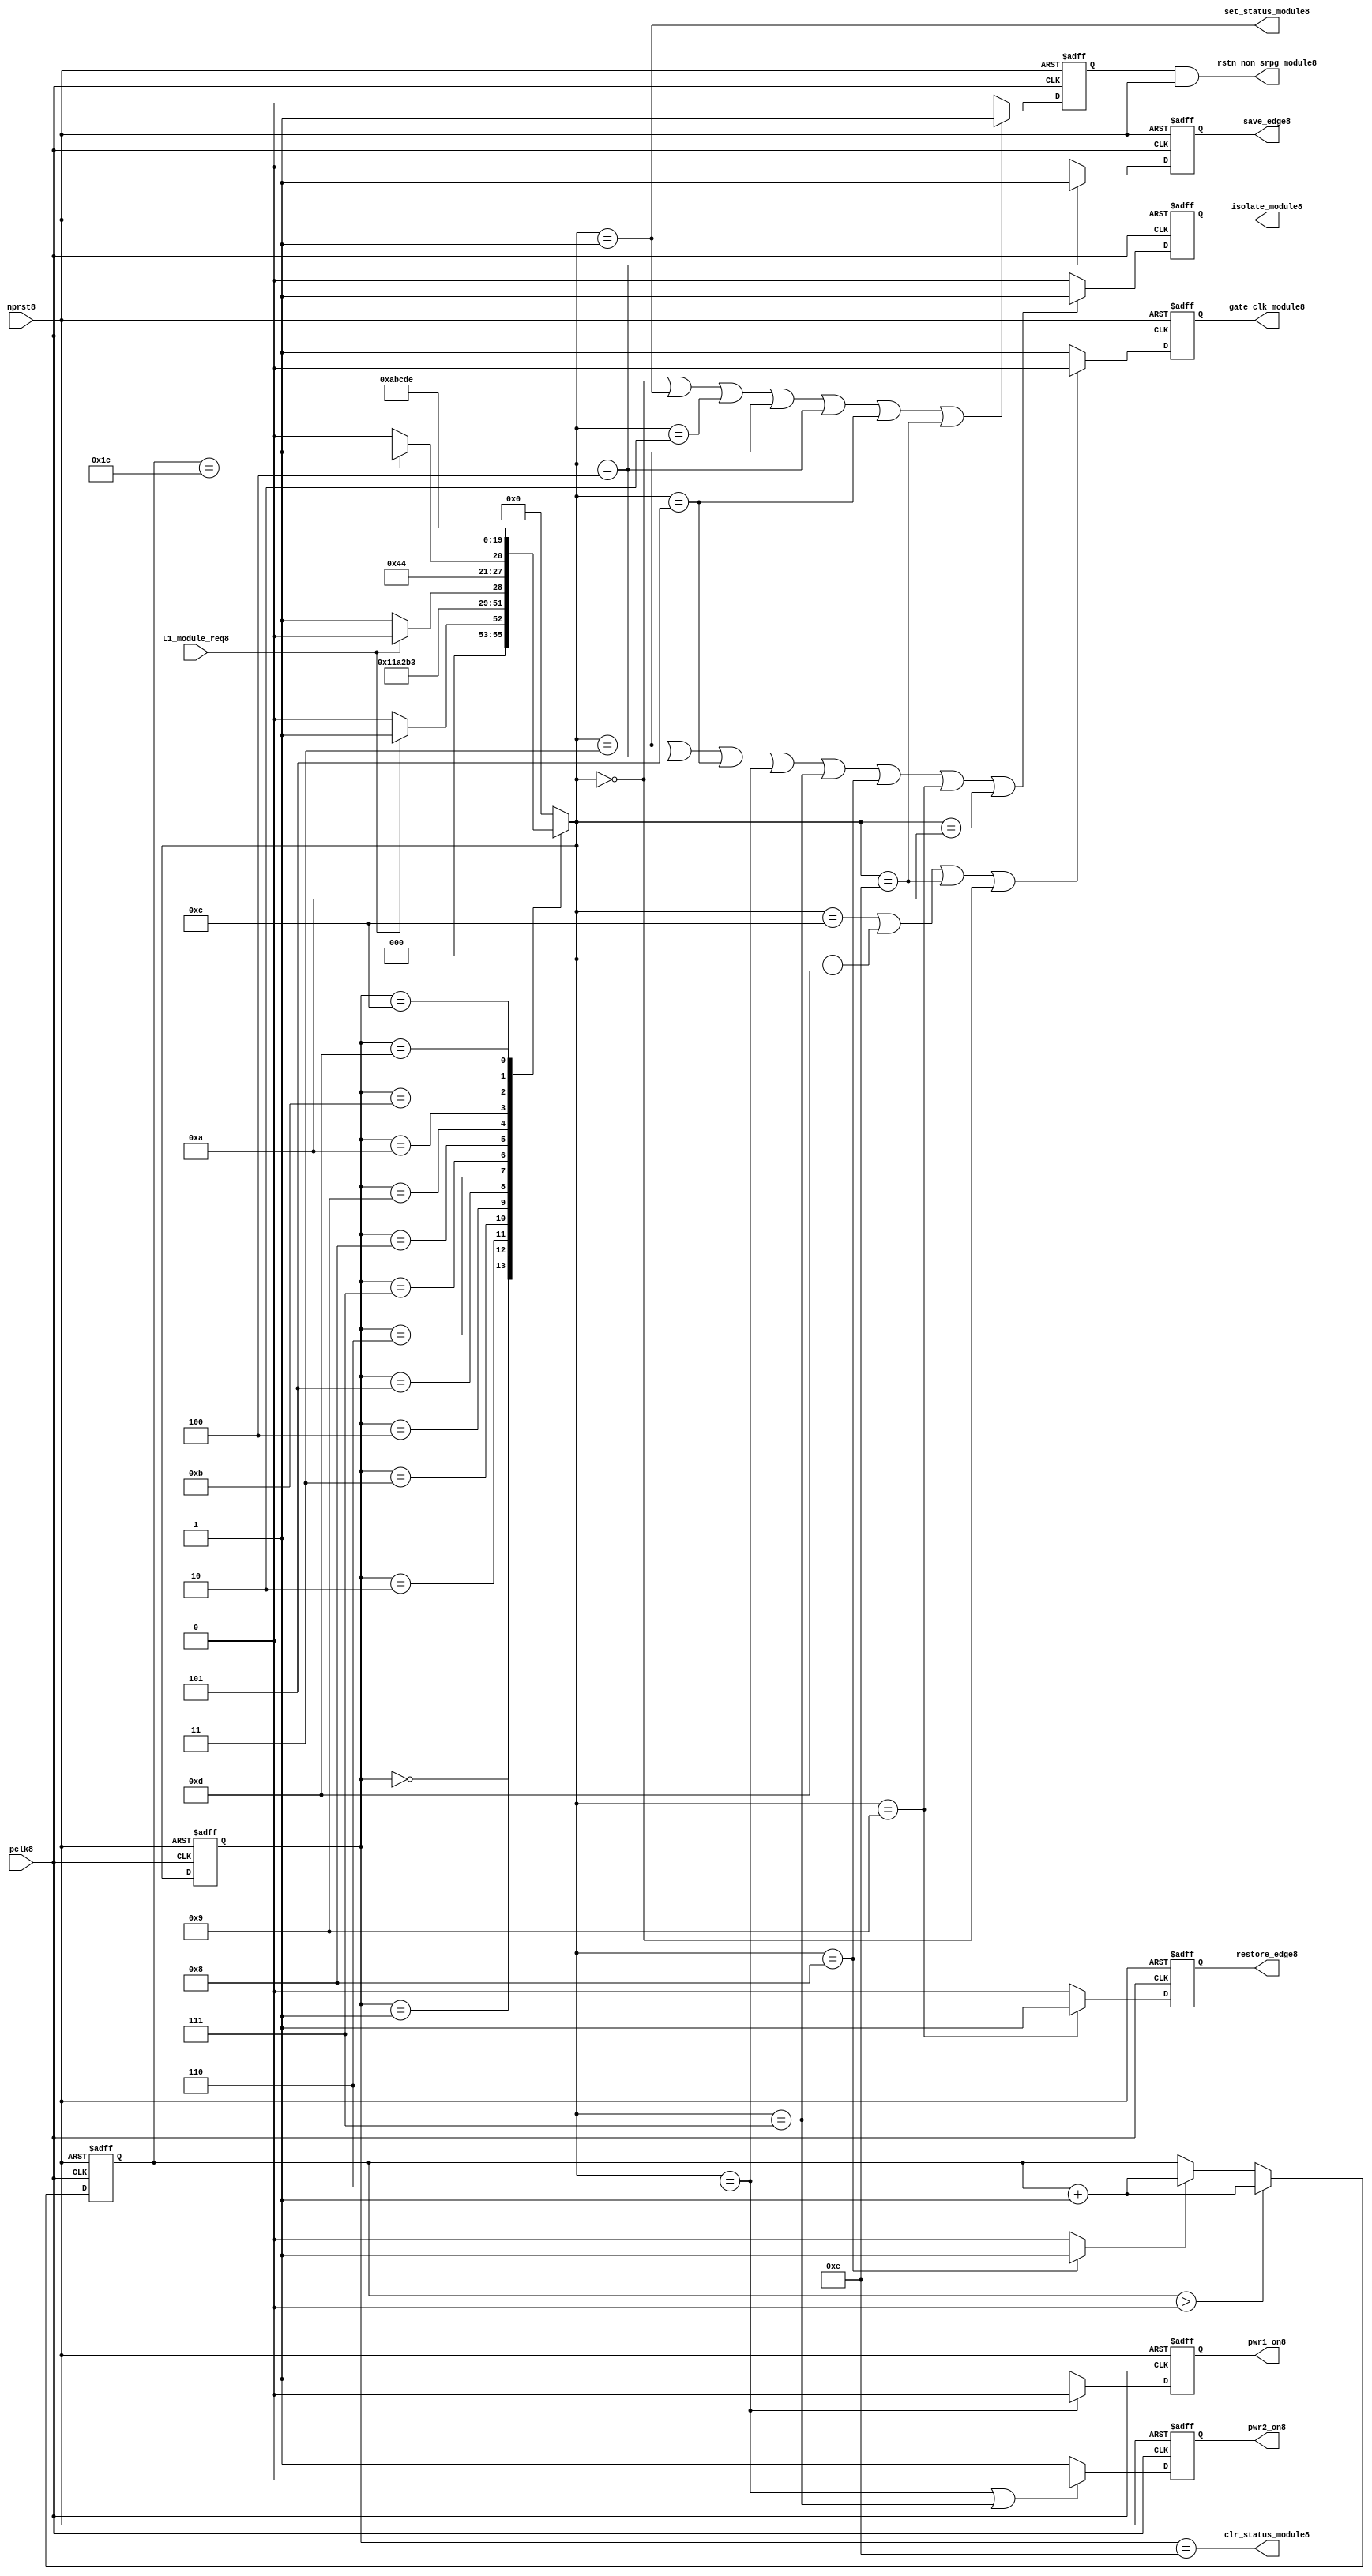
//File8 name   : power_ctrl_sm8.v
//Title8       : Power8 Controller8 state machine8
//Created8     : 1999
//Description8 : State8 machine8 of power8 controller8
//Notes8       : 
//----------------------------------------------------------------------
//   Copyright8 1999-2010 Cadence8 Design8 Systems8, Inc8.
//   All Rights8 Reserved8 Worldwide8
//
//   Licensed8 under the Apache8 License8, Version8 2.0 (the
//   "License8"); you may not use this file except8 in
//   compliance8 with the License8.  You may obtain8 a copy of
//   the License8 at
//
//       http8://www8.apache8.org8/licenses8/LICENSE8-2.0
//
//   Unless8 required8 by applicable8 law8 or agreed8 to in
//   writing, software8 distributed8 under the License8 is
//   distributed8 on an "AS8 IS8" BASIS8, WITHOUT8 WARRANTIES8 OR8
//   CONDITIONS8 OF8 ANY8 KIND8, either8 express8 or implied8.  See
//   the License8 for the specific8 language8 governing8
//   permissions8 and limitations8 under the License8.
//----------------------------------------------------------------------
module power_ctrl_sm8 (

    // Clocks8 & Reset8
    pclk8,
    nprst8,

    // Register Control8 inputs8
    L1_module_req8,
    set_status_module8,
    clr_status_module8,

    // Module8 control8 outputs8
    rstn_non_srpg_module8,
    gate_clk_module8,
    isolate_module8,
    save_edge8,
    restore_edge8,
    pwr1_on8,
    pwr2_on8

);

input    pclk8;
input    nprst8;

input    L1_module_req8;
output   set_status_module8;
output   clr_status_module8;
    
output   rstn_non_srpg_module8;
output   gate_clk_module8;
output   isolate_module8;
output   pwr1_on8;
output   pwr2_on8;
output save_edge8;
output restore_edge8;

wire    set_status_module8;
wire    clr_status_module8;

wire    rstn_non_srpg_module8;
reg     gate_clk_module8;
reg     isolate_module8;
reg     pwr1_on8;
reg     pwr2_on8;

reg save_edge8;

reg restore_edge8;
   
// FSM8 state
reg  [3:0] currentState8, nextState8;
reg     rstn_non_srpg8;
reg [4:0] trans_cnt8;

parameter Init8 = 0; 
parameter Clk_off8 = 1; 
parameter Wait18 = 2; 
parameter Isolate8 = 3; 
parameter Save_edge8 = 4; 
parameter Pre_pwr_off8 = 5; 
parameter Pwr_off8 = 6; 
parameter Pwr_on18 = 7; 
parameter Pwr_on28 = 8; 
parameter Restore_edge8 = 9; 
parameter Wait28 = 10; 
parameter De_isolate8 = 11; 
parameter Clk_on8 = 12; 
parameter Wait38 = 13; 
parameter Rst_clr8 = 14;


// Power8 Shut8 Off8 State8 Machine8

// FSM8 combinational8 process
always @  (*)
  begin
    case (currentState8)

      // Commence8 PSO8 once8 the L18 req bit is set.
      Init8:
        if (L1_module_req8 == 1'b1)
          nextState8 = Clk_off8;         // Gate8 the module's clocks8 off8
        else
          nextState8 = Init8;            // Keep8 waiting8 in Init8 state
        
      Clk_off8 :
        nextState8 = Wait18;             // Wait8 for one cycle
 
      Wait18  :                         // Wait8 for clk8 gating8 to take8 effect
        nextState8 = Isolate8;           // Start8 the isolation8 process
          
      Isolate8 :
        nextState8 = Save_edge8;
        
      Save_edge8 :
        nextState8 = Pre_pwr_off8;

      Pre_pwr_off8 :
        nextState8 = Pwr_off8;
      // Exit8 PSO8 once8 the L18 req bit is clear.

      Pwr_off8 :
        if (L1_module_req8 == 1'b0)
          nextState8 = Pwr_on18;         // Resume8 power8 if the L1_module_req8 bit is cleared8
        else
          nextState8 = Pwr_off8;         // Wait8 until the L1_module_req8 bit is cleared8
        
      Pwr_on18 :
        nextState8 = Pwr_on28;
          
      Pwr_on28 :
        if(trans_cnt8 == 5'd28)
          nextState8 = Restore_edge8;
        else 
          nextState8 = Pwr_on28;
          
      Restore_edge8 :
        nextState8 = Wait28;

      Wait28 :
        nextState8 = De_isolate8;
          
      De_isolate8 :
        nextState8 = Clk_on8;
          
      Clk_on8 :
        nextState8 = Wait38;
          
      Wait38  :                         // Wait8 for clock8 to resume
        nextState8 = Rst_clr8 ;     
 
      Rst_clr8 :
        nextState8 = Init8;
        
      default  :                       // Catch8 all
        nextState8 = Init8; 
        
    endcase
  end


  // Signals8 Sequential8 process - gate_clk_module8
always @ (posedge pclk8 or negedge nprst8)
  begin
    if (~nprst8)
      gate_clk_module8 <= 1'b0;
    else 
      if (nextState8 == Clk_on8 | nextState8 == Wait38 | nextState8 == Rst_clr8 | 
          nextState8 == Init8)
          gate_clk_module8 <= 1'b0;
      else
          gate_clk_module8 <= 1'b1;
  end

// Signals8 Sequential8 process - rstn_non_srpg8
always @ (posedge pclk8 or negedge nprst8)
  begin
    if (~nprst8)
      rstn_non_srpg8 <= 1'b0;
    else
      if ( nextState8 == Init8 | nextState8 == Clk_off8 | nextState8 == Wait18 | 
           nextState8 == Isolate8 | nextState8 == Save_edge8 | nextState8 == Pre_pwr_off8 | nextState8 == Rst_clr8)
        rstn_non_srpg8 <= 1'b1;
      else
        rstn_non_srpg8 <= 1'b0;
   end


// Signals8 Sequential8 process - pwr1_on8 & pwr2_on8
always @ (posedge pclk8 or negedge nprst8)
  begin
    if (~nprst8)
      pwr1_on8 <=  1'b1;  // power8 gates8 1 & 2 are on
    else
      if (nextState8 == Pwr_off8 )
        pwr1_on8 <= 1'b0;  // shut8 off8 both power8 gates8 1 & 2
      else
        pwr1_on8 <= 1'b1;
  end


// Signals8 Sequential8 process - pwr1_on8 & pwr2_on8
always @ (posedge pclk8 or negedge nprst8)
  begin
    if (~nprst8)
       pwr2_on8 <= 1'b1;      // power8 gates8 1 & 2 are on
    else
      if (nextState8 == Pwr_off8 | nextState8 == Pwr_on18)
        pwr2_on8 <= 1'b0;     // shut8 off8 both power8 gates8 1 & 2
      else
        pwr2_on8 <= 1'b1;
   end


// Signals8 Sequential8 process - isolate_module8 
always @ (posedge pclk8 or negedge nprst8)
  begin
    if (~nprst8)
        isolate_module8 <= 1'b0;
    else
      if (nextState8 == Isolate8 | nextState8 == Save_edge8 | nextState8 == Pre_pwr_off8 |  nextState8 == Pwr_off8 | nextState8 == Pwr_on18 |
          nextState8 == Pwr_on28 | nextState8 == Restore_edge8 | nextState8 == Wait28)
         isolate_module8 <= 1'b1;       // Activate8 the isolate8 and retain8 signals8
      else
         isolate_module8 <= 1'b0;        
   end    

// enabling save edge
always @ (posedge pclk8 or negedge nprst8)
  begin
    if (~nprst8)
        save_edge8 <= 1'b0;
    else
      if (nextState8 == Save_edge8 )
         save_edge8 <= 1'b1;       // Activate8 the isolate8 and retain8 signals8
      else
         save_edge8 <= 1'b0;        
   end    
// stabilising8 count
wire restore_change8;
assign restore_change8 = (nextState8 == Pwr_on28) ? 1'b1: 1'b0;

always @ (posedge pclk8 or negedge nprst8)
  begin
    if (~nprst8)
      trans_cnt8 <= 0;
    else if (trans_cnt8 > 0)
      trans_cnt8  <= trans_cnt8 + 1;
    else if (restore_change8)
      trans_cnt8  <= trans_cnt8 + 1;
  end

// enabling restore8 edge
always @ (posedge pclk8 or negedge nprst8)
  begin
    if (~nprst8)
        restore_edge8 <= 1'b0;
    else
      if (nextState8 == Restore_edge8)
         restore_edge8 <= 1'b1;       // Activate8 the isolate8 and retain8 signals8
      else
         restore_edge8 <= 1'b0;        
   end    


// FSM8 Sequential8 process
always @ (posedge pclk8 or negedge nprst8)
  begin
    if (~nprst8)
      currentState8 <= Init8;
    else
      currentState8 <= nextState8;
  end


// Reset8 for non-SRPG8 FFs8 is a combination8 of the nprst8 and the reset during PSO8
assign  rstn_non_srpg_module8 = rstn_non_srpg8 & nprst8;

assign  set_status_module8 = (nextState8 == Clk_off8);    // Set the L18 status bit  
assign  clr_status_module8 = (currentState8 == Rst_clr8); // Clear the L18 status bit  
  

`ifdef LP_ABV_ON8

// psl8 default clock8 = (posedge pclk8);

// Never8 have the set and clear status signals8 both set
// psl8 output_no_set_and_clear8 : assert never {set_status_module8 & clr_status_module8};



// Isolate8 signal8 should become8 active on the 
// Next8 clock8 after Gate8 signal8 is activated8
// psl8 output_pd_seq8:
//    assert always
//	  {rose8(gate_clk_module8)} |=> {[*1]; {rose8(isolate_module8)} }
//    abort8(~nprst8);
//
//
//
// Reset8 signal8 for Non8-SRPG8 FFs8 and POWER8 signal8 for
// SMC8 should become8 LOW8 on clock8 cycle after Isolate8 
// signal8 is activated8
// psl8 output_pd_seq_stg_28:
//    assert always
//    {rose8(isolate_module8)} |=>
//    {[*2]; {{fell8(rstn_non_srpg_module8)} && {fell8(pwr1_on8)}} }
//    abort8(~nprst8);
//
//
// Whenever8 pwr1_on8 goes8 to LOW8 pwr2_on8 should also go8 to LOW8
// psl8 output_pwr2_low8:
//    assert always
//    { fell8(pwr1_on8) } |->  { fell8(pwr2_on8) }
//    abort8(~nprst8);
//
//
// Whenever8 pwr1_on8 becomes HIGH8 , On8 Next8 clock8 cycle pwr2_on8
// should also become8 HIGH8
// psl8 output_pwr2_high8:
//    assert always
//    { rose8(pwr1_on8) } |=>  { (pwr2_on8) }
//    abort8(~nprst8);
//
`endif


endmodule